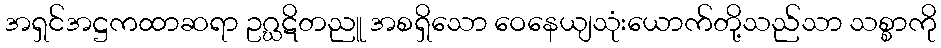
အရှင်အဋ္ဌကထာဆရာ ဥဂ္ဃဋိတညူ အစရှိသော ဝေနေယျသုံးယောက်တို့သည်သာ သစ္စာကို